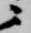
ニ